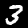
Digit: 3